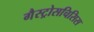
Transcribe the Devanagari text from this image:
गैस्ट्रोसचिसिस